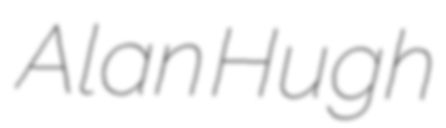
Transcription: Alan Hugh